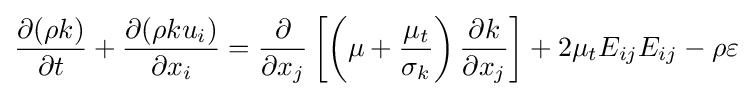
{\frac {\partial (\rho k)}{\partial t}}+{\frac {\partial (\rho ku_{i})}{\partial x_{i}}}={\frac {\partial }{\partial x_{j}}}\left[\left(\mu +{\frac {\mu _{t}}{\sigma _{k}}}\right){\frac {\partial k}{\partial x_{j}}}\right]+2{\mu _{t}}{E_{ij}}{E_{ij}}-\rho \varepsilon